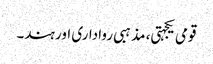
قومی یکجہتی، مذہبی رواداری اور ہند۔